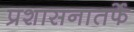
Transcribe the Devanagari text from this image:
प्रशासनातर्फे